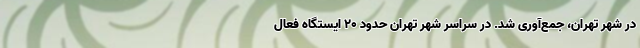
در شهر تهران، جمع‌آوری شد. در سراسر شهر تهران حدود ۲۰ ایستگاه فعال